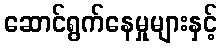
ဆောင်ရွက်နေမှုများနှင့်